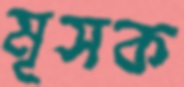
মূসক